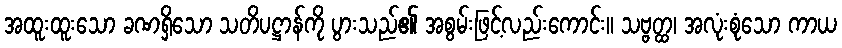
အထူးထူးသော ခဏရှိသော သတိပဋ္ဌာန်ကို ပွားသည်၏ အစွမ်းဖြင့်လည်းကောင်း။ သဗ္ဗတ္ထ၊ အလုံးစုံသော ကာယ